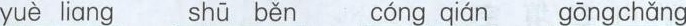
yuè liang cóng qián gōng chǎng